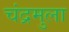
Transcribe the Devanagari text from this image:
चंद्रमुला